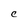
Character: C